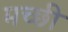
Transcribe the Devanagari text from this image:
मच्छी